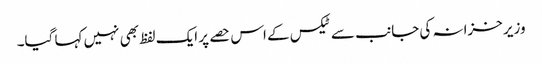
وزیر خزانہ کی جانب سے ٹیکس کے اس حصے پر ایک لفظ بھی نہیں کہا گیا۔